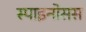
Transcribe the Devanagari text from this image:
स्पाइनोसस